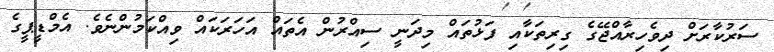
ސަރުކާރަށް ދިވެހިރާއްޖޭގެ ގިރިތަކާއި ފަޅުތައް މިދަނީ ސިއްރުން އެތައް އަހަރަކައް ވިއްކަމުންނެވެ. އެމްޑީޕީގެ